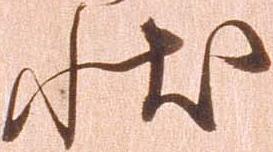
状